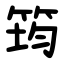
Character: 筠